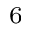
_ 6